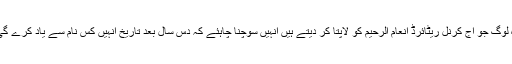
وہ لوگ جو آج کرنل ریٹائرڈ انعام الرحیم کو لاپتا کر دیتے ہیں انہیں سوچنا چاہئے کہ دس سال بعد تاریخ انہیں کس نام سے یاد کرے گی؟